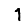
Digit: 1